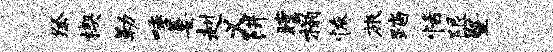
祭楔勒唾萋赳义阱瞠榻恢旅踏恬限暨